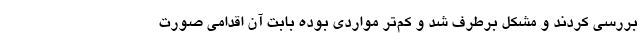
بررسی کردند و مشکل برطرف شد و کم‌تر مواردی بوده بابت آن اقدامی صورت